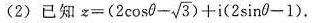
(2)已知 $$z=(2 \cos \theta - \sqrt{3})+i(2 \sin \theta -1)$$